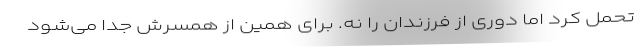
تحمل کرد اما دوری از فرزندان را نه. برای همین از همسرش جدا می‌شود